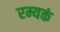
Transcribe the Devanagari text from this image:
रम्यकं